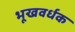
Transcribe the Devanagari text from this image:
भूखवर्धक